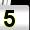
Digit: 5